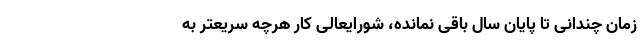
زمان چندانی تا پایان سال باقی نمانده، شورایعالی کار هرچه سریعتر به